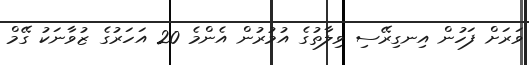
ވަރަށް ފަހުން އިނގިރޭސި ވިލާތުގެ އުމުރުން އެންމެ 20 އަހަރުގެ ޒުވާނަކު ގޭމް